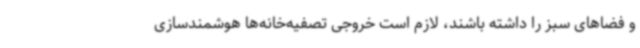
و فضاهای سبز را داشته باشند، لازم است خروجی تصفیه‌خانه‌ها هوشمندسازی